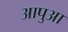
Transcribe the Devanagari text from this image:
आपुआ